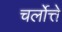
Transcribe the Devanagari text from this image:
चर्लोत्ते